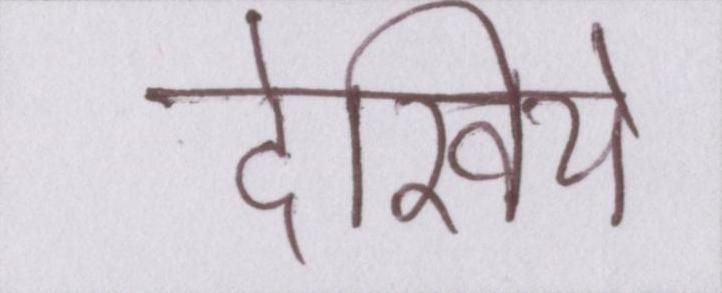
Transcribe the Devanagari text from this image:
देखिये